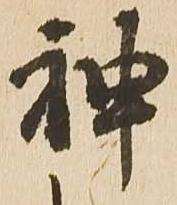
神